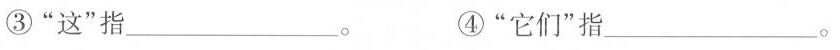
③“这”指_________。④“它们”指_________。